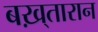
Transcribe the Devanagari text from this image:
बख़्तारान